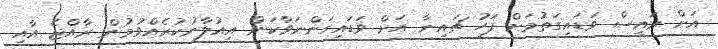
އަށް ރައީސް ވަޑައިގަތުމަށް ފަހު ޗައިނާ އަށް ވަޑައިގަންނަވާކަން އިއުލާނުކުރެއްވުމުން ރާއްޖެ އާއި